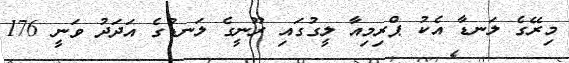
މިރޭގެ ލަނޑާ އެކު ޕްރިމިއާ ލީގުގައި ރޫނީގެ ލަނޑުގެ އަދަދު ވަނީ 176